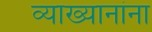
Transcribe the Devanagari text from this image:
व्याख्यानांना